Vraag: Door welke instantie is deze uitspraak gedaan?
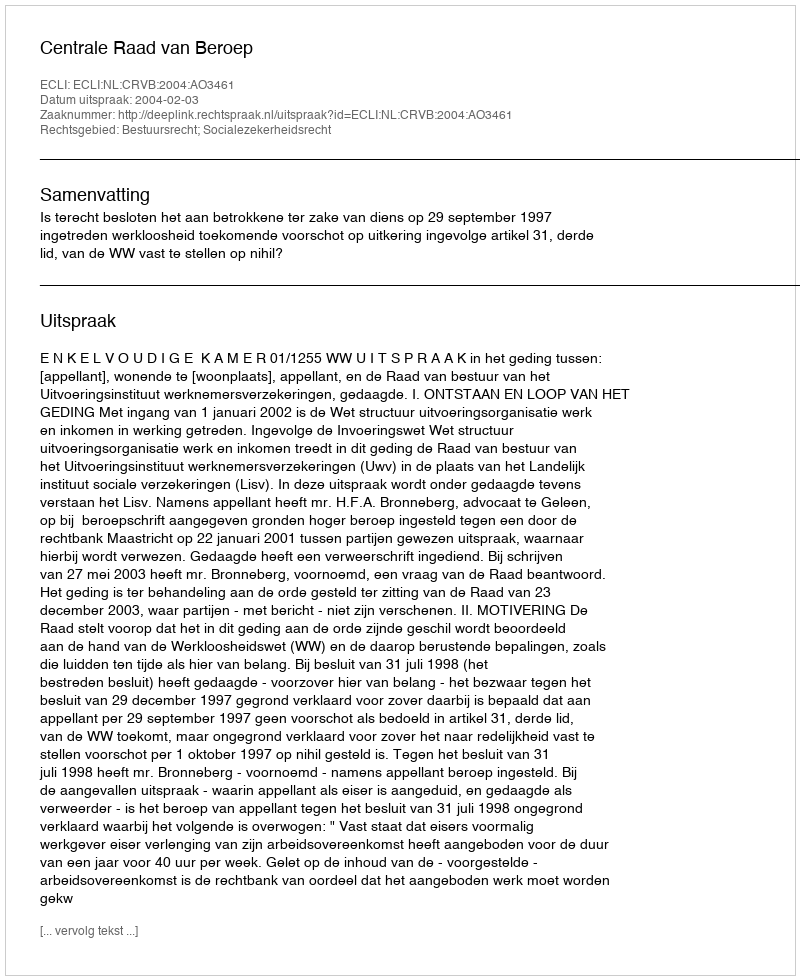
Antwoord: Centrale Raad van Beroep